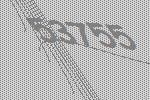
53755